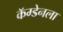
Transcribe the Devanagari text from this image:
कॅम्डेनला